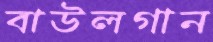
বাউলগান